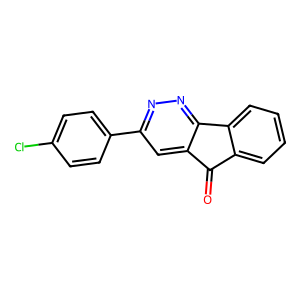
SMILES: O=C1c2ccccc2-c2nnc(-c3ccc(Cl)cc3)cc21
Inhibits HIV replication: No